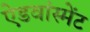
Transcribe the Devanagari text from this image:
ऐडवांस्मेंट